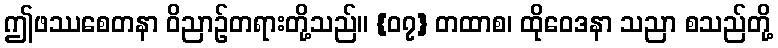
ဤဖဿစေတနာ ဝိညာဉ်တရားတို့သည်။ {၀၇} တထာစ၊ ထိုဝေဒနာ သညာ စသည်တို့